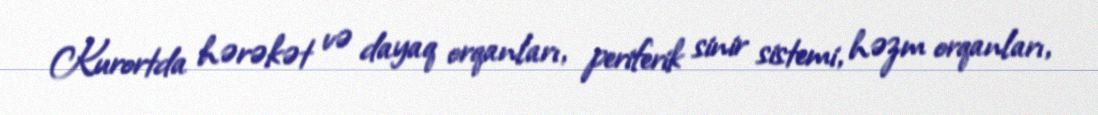
Kurortda hərəkət və dayaq orqanları, periferik sinir sistemi, həzm orqanları,